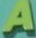
A